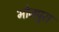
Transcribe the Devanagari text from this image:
भोजपुरा